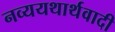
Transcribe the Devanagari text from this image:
नव्ययथार्थवादी